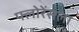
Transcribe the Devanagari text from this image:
फ्लोरेंसला